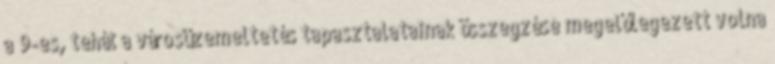
a 9-es, tehát a városüzemeltetés tapasztalatainak összegzése megelőlegezett volna